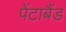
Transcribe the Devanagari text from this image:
पेंटाबैंड